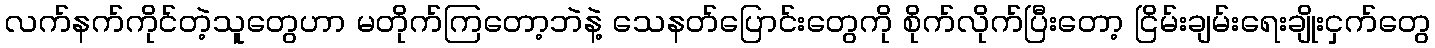
လက်နက်ကိုင်တဲ့သူတွေဟာ မတိုက်ကြတော့ဘဲနဲ့ သေနတ်ပြောင်းတွေကို စိုက်လိုက်ပြီးတော့ ငြိမ်းချမ်းရေးချိုးငှက်တွေ